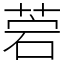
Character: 菪